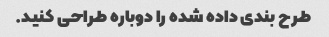
طرح بندی داده شده را دوباره طراحی کنید.